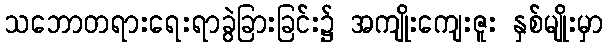
သဘောတရားရေးရာခွဲခြားခြင်း၌ အကျိုးကျေးဇူး နှစ်မျိုးမှာ